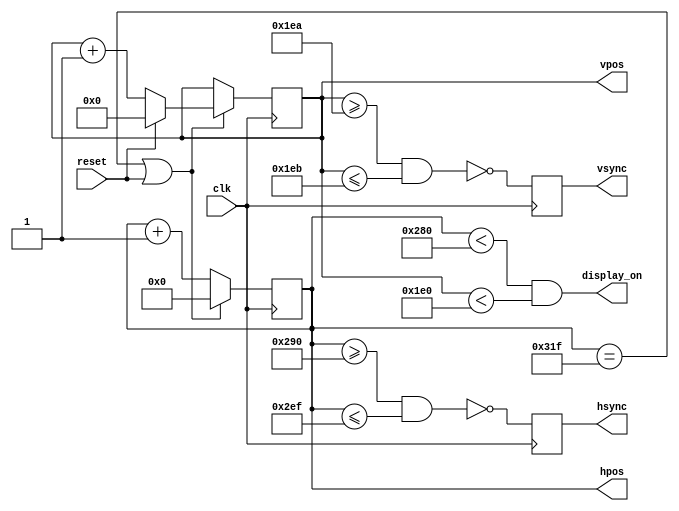
/*  VESA Signal 1280 x 1024 @ 60 Hz timing (positive sync) 

    parameter H_DISPLAY     = 1280;  // horizontal display width
    parameter H_BACK        =  248;  // horizontal left border (back porch)
    parameter H_FRONT       =   48;  // horizontal right border (front porch)
    parameter H_SYNC        =  112;  // horizontal sync width
    parameter V_DISPLAY     = 1024;  // vertical display height
    parameter V_TOP         =   38;  // vertical top border
    parameter V_BOTTOM      =    1;  // vertical bottom border
    parameter V_SYNC        =    3;  // vertical sync # lines
    parameter SYNC_POL      =    0; // 1 = Negative, 0 = Positive
*/

module hvsync_generator #(
    parameter H_DISPLAY = 640, // horizontal display width
    parameter H_BACK    =  48, // horizontal left border (back porch)
    parameter H_FRONT   =  16, // horizontal right border (front porch)
    parameter H_SYNC    =  96, // horizontal sync width
    parameter V_DISPLAY = 480, // vertical display height
    parameter V_TOP     =  33, // vertical top border
    parameter V_BOTTOM  =  10, // vertical bottom border
    parameter V_SYNC    =   2, // vertical sync # lines
    parameter SYNC_POL  =   1  // 1 = Negative, 0 = Positive
)(
    input clk, 
    input reset, 
    output reg hsync, 
    output reg vsync, 
    output display_on, 
    output reg [9:0] hpos, 
    output reg [8:0] vpos);

    localparam H_SYNC_START = H_DISPLAY + H_FRONT;
    localparam H_SYNC_END   = H_DISPLAY + H_FRONT + H_SYNC - 1;
    localparam H_MAX        = H_DISPLAY + H_BACK + H_FRONT + H_SYNC - 1;
    localparam V_SYNC_START = V_DISPLAY + V_BOTTOM;
    localparam V_SYNC_END   = V_DISPLAY + V_BOTTOM + V_SYNC - 1;
    localparam V_MAX        = V_DISPLAY + V_TOP + V_BOTTOM + V_SYNC - 1;

    wire hsync_region = (hpos >= H_SYNC_START && hpos <= H_SYNC_END);
    wire vsync_region = (vpos >= V_SYNC_START && vpos <= V_SYNC_END);
    wire hmaxxed = (hpos == H_MAX) || reset;	
    wire vmaxxed = (vpos == V_MAX) || reset;	

    assign display_on = (hpos < H_DISPLAY) && (vpos < V_DISPLAY);
    
    always @(posedge clk) begin
        if (SYNC_POL) hsync <= ~hsync_region;
        else hsync <= hsync_region;
        hpos <= hmaxxed ? 0 : hpos + 1;
    end

    always @(posedge clk) begin
        if (SYNC_POL) vsync <= ~vsync_region;
        else vsync <= vsync_region;
        if (hmaxxed) vpos <= vmaxxed ? 0 : vpos + 1;
    end    
endmodule